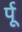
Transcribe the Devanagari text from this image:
र्पू